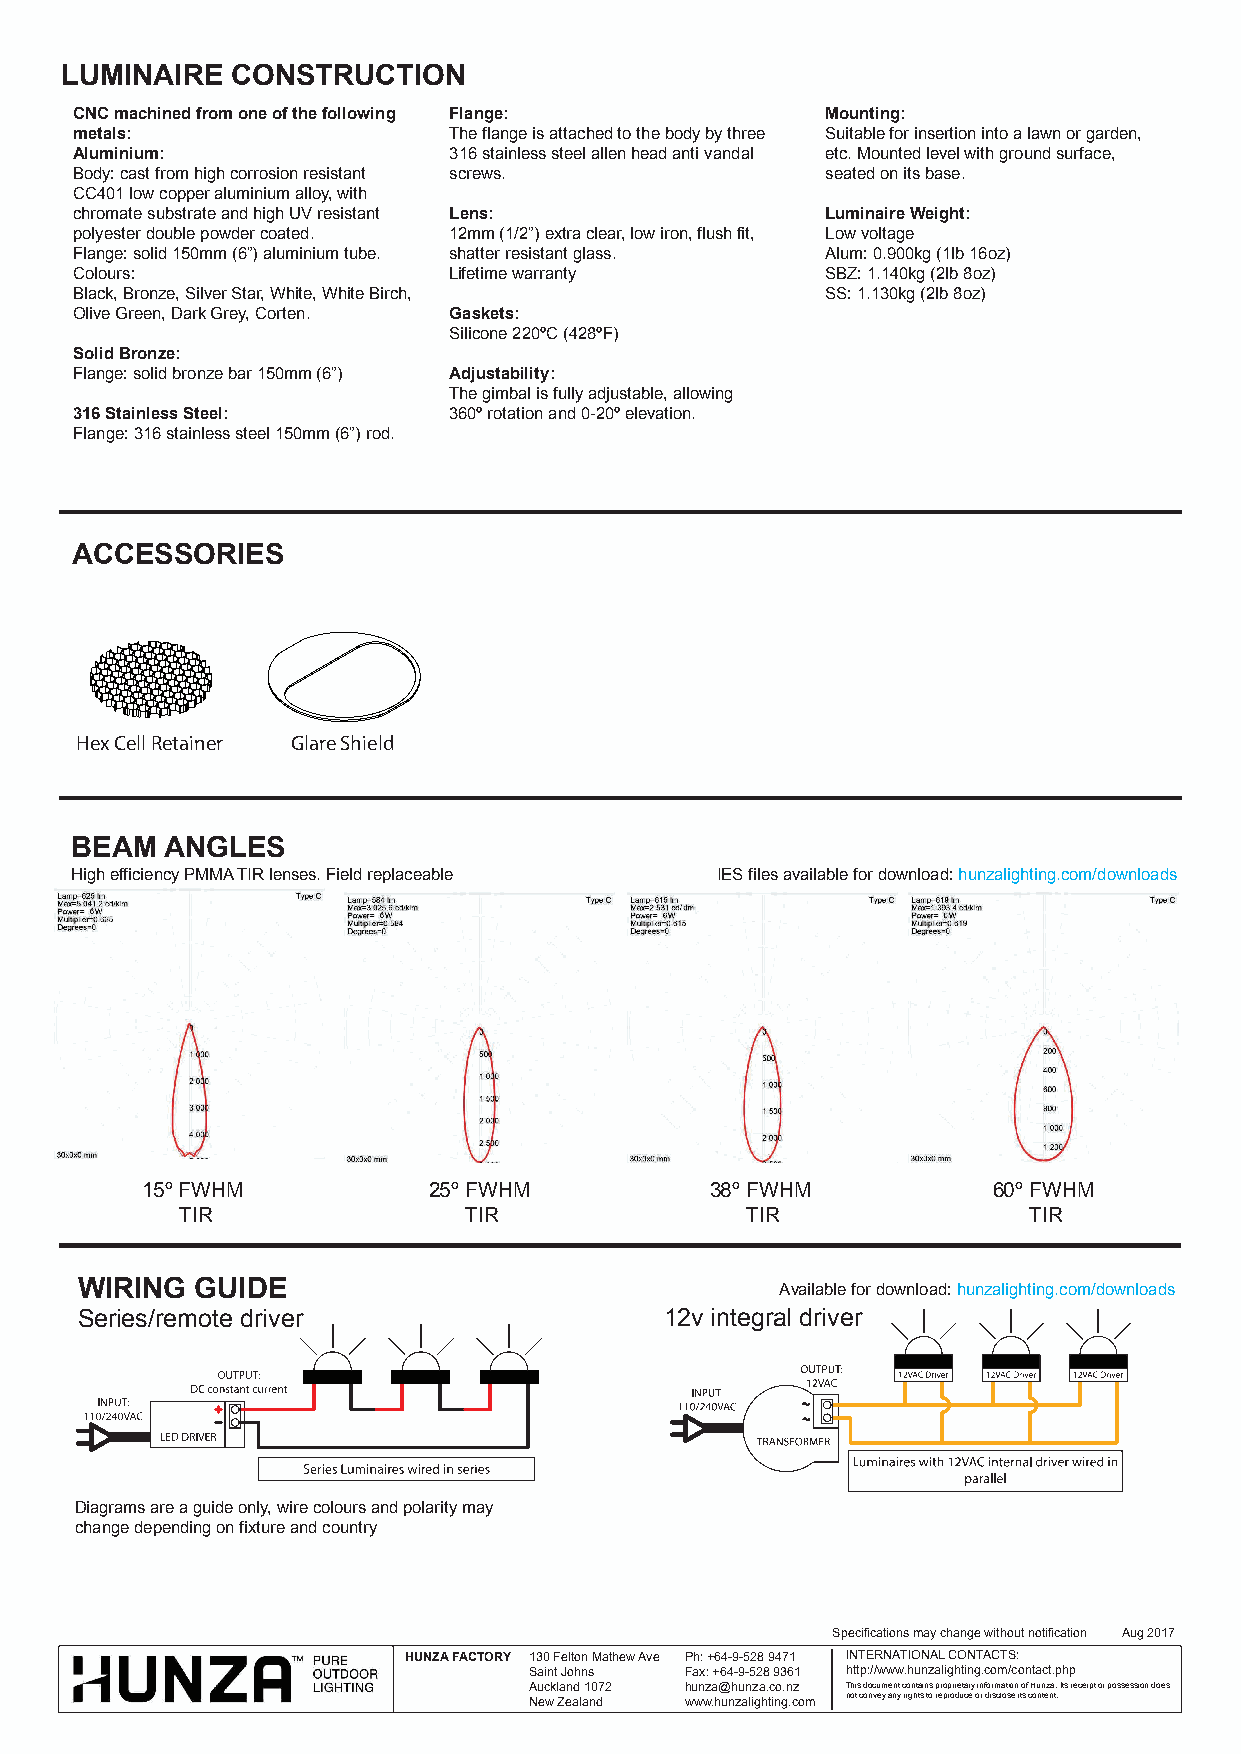
LUMINAIRE  CONSTRUCTION
 CNC machined from one of the following Flange:    Mounting:
 metals:                  The flange is attached to the body by three Suitable for insertion into a lawn or garden,
 Aluminium:               316 stainless steel allen head anti vandal etc. Mounted level with ground surface,
 Body: cast from high corrosion resistant screws.  seated on its base.
 CC401 low copper aluminium alloy, with
 chromate substrate and high UV resistant Lens:    Luminaire Weight:
 polyester double powder coated. 12mm (1/2”) extra clear, low iron, flush fit, Low voltage
 Flange: solid 150mm (6”) aluminium tube. shatter resistant glass. Alum: 0.900kg (1lb 16oz)
 Colours:                 Lifetime warranty        SBZ: 1.140kg (2lb 8oz)
 Black, Bronze, Silver Star, White, White Birch,   SS: 1.130kg (2lb 8oz)
 Olive Green, Dark Grey, Corten. Gaskets:
 Silicone 220ºC (428ºF)
 Solid Bronze:
 Flange: solid bronze bar 150mm (6”) Adjustability:
 The gimbal is fully adjustable, allowing
 316 Stainless Steel:     360º rotation and 0-20º elevation.
 Flange: 316 stainless steel 150mm (6”) rod.
 ACCESSORIES
 Hex Cell Retainer Glare Shield
 BEAM  ANGLES
 High efficiency PMMA TIR lenses. Field replaceable IES files available for download: hunzalighting.com/downloads
 15º FWHM           25º FWHM           38º FWHM           60º FWHM
 TIR                TIR               TIR                TIR
 WIRING  GUIDE                                  Available for download: hunzalighting.com/downloads
 Series/remote driver                   12v integral driver
 Diagrams are a guide only, wire colours and polarity may
 change depending on fixture and country
 Specifications may change without notification Aug 2017
 HUNZA FACTORY 130 Felton Mathew Ave Ph: +64-9-528 9471 INTERNATIONAL CONTACTS:
 Saint Johns Fax: +64-9-528 9361 http://www.hunzalighting.com/contact.php
 Auckland 1072 hunza@hunza.co.nz This document contains proprietary information of Hunza. Its receipt or possession does
 New Zealand www.hunzalighting.com not convey any rights to reproduce or disclose its content.